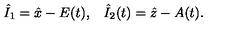
\begin{array} { c c } { \hat { I } _ { 1 } = \hat { x } - E ( t ) , } & { \hat { I } _ { 2 } ( t ) = \hat { z } - A ( t ) . } \\ \end{array}